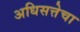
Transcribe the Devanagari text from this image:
अधिसत्तेचा